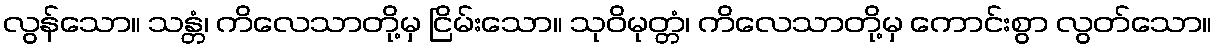
လွန်သော။ သန္တံ၊ ကိလေသာတို့မှ ငြိမ်းသော။ သုဝိမုတ္တံ၊ ကိလေသာတို့မှ ကောင်းစွာ လွတ်သော။